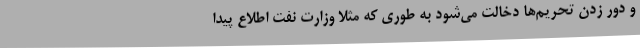
و دور زدن تحریم‌ها دخالت می‌شود به طوری که مثلاً وزارت نفت اطلاع پیدا